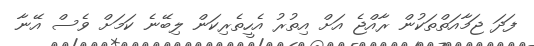
ފަދަ ޖަމާއަތްތަކުން ރާއްޖެ އަށް އިތުރު އެހީތެރިކަން ލިބޭނެ ކަމަށް ވެސް އޭނާ